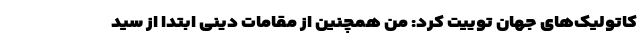
کاتولیک‌های جهان توییت کرد: من همچنین از مقامات دینی ابتدا از سید